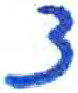
אות: צ